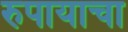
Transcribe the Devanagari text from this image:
रुपायाचा